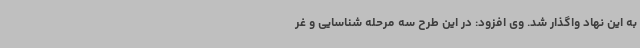
به این نهاد واگذار شد. وی افزود: در این طرح سه مرحله شناسایی و غر